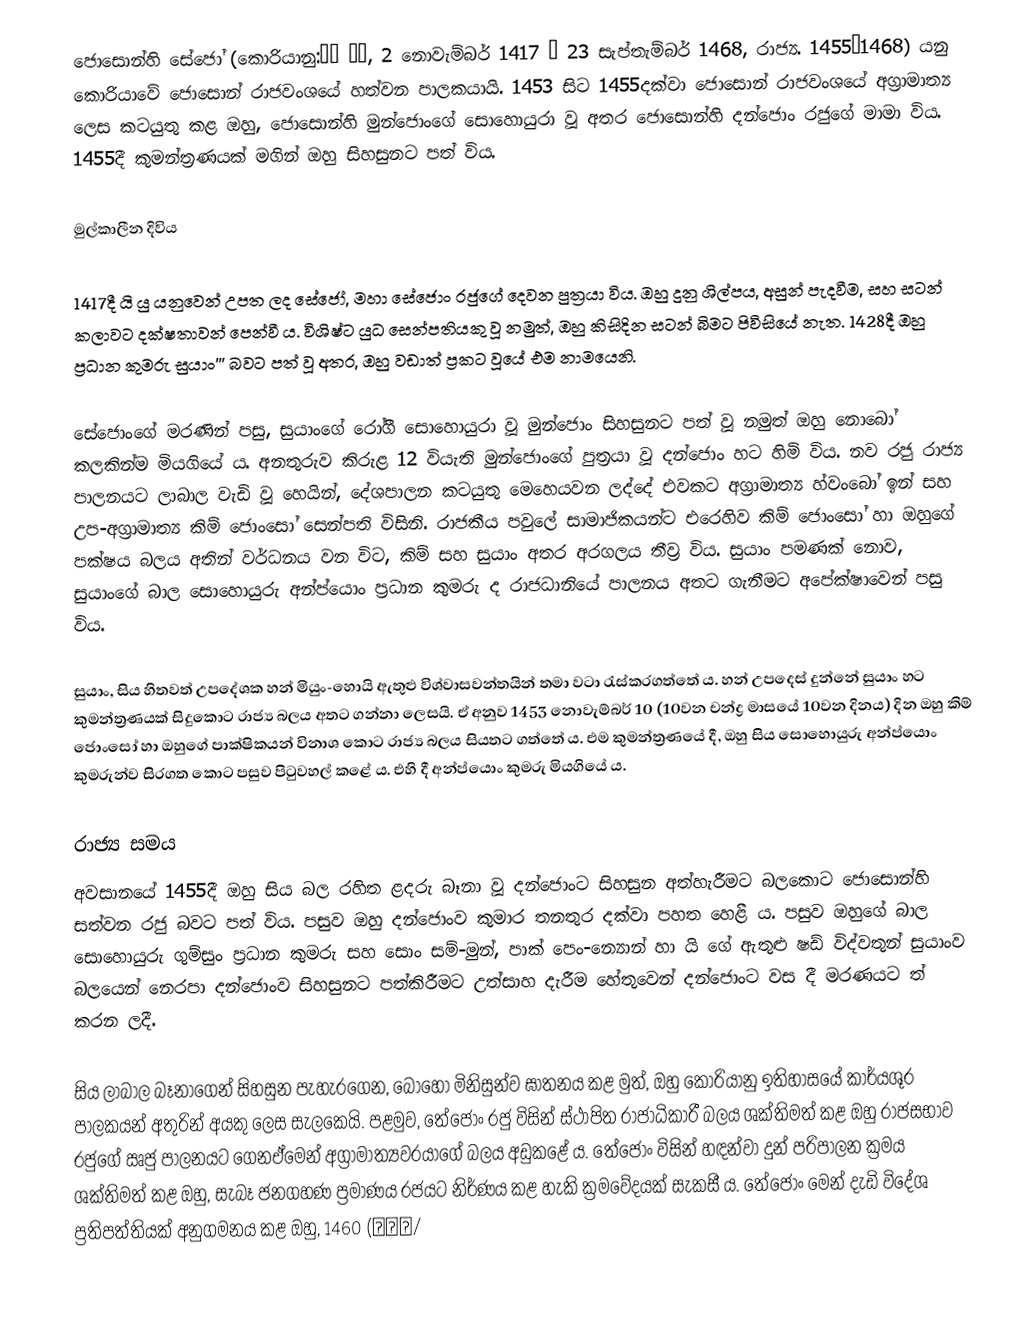
ජොසොන්හි සේජෝ (කොරියානු:조선 세조, 2 නොවැම්බර් 1417 – 23 සැප්තැම්බර් 1468, රාජ්‍ය. 1455–1468) යනු කොරියාවේ ජොසොන් රාජවංශයේ හත්වන පාලකයායි. 1453 සිට 1455දක්වා ජොසොන් රාජවංශයේ අග්‍රාමාත්‍ය ලෙස කටයුතු කළ ඔහු, ජොසොන්හි මුන්ජොංගේ සොහොයුරා වූ අතර ජොසොන්හි දන්ජොං රජුගේ මාමා විය. 1455දී කුමන්ත්‍රණයක් මගින් ඔහු සිහසුනට පත් විය.

මුල්කාලීන දිවිය

1417දී යි යු යනුවෙන් උපත ලද සේජෝ, මහා සේජොං රජුගේ දෙවන පුත්‍රයා විය. ඔහු දුනු ශිල්පය, අසුන් පැදවීම, සහ සටන් කලාවට දක්ෂතාවන් පෙන්වී ය. විශිෂ්ට යුධ සෙන්පතියකු වූ නමුත්, ඔහු කිසිදින සටන් බිමට පිවිසියේ නැත. 1428දී ඔහු ප්‍රධාන කුමරු සුයාං''' බවට පත් වූ අතර, ඔහු වඩාත් ප්‍රකට වූයේ එම නාමයෙනි.

සේජොංගේ මරණින් පසු, සුයාංගේ රෝගී සොහොයුරා වූ මුන්ජොං සිහසුනට පත් වූ නමුත් ඔහු නොබෝ කලකින්ම මියගියේ ය. අනතුරුව කිරුළ 12 වියැති මුන්ජොංගේ පුත්‍රයා වූ දන්ජොං හට හිමි විය. නව රජු රාජ්‍ය පාලනයට ලාබාල වැඩි වූ හෙයින්, දේශපාලන කටයුතු මෙහෙයවන ලද්දේ එවකට අග්‍රාමාත්‍ය හ්වංබෝ ඉන් සහ උප-අග්‍රාමාත්‍ය කිම් ජොංසෝ සෙන්පති විසිනි. රාජකීය පවුලේ සාමාජිකයන්ට එරෙහිව කිම් ජොංසෝ හා ඔහුගේ පක්ෂය බලය අතින් වර්ධනය වන විට, කිම් සහ සුයාං අතර අරගලය තීව්‍ර විය. සුයාං පමණක් නොව, සුයාංගේ බාල සොහොයුරු අන්ප්යොං ප්‍රධාන කුමරු ද රාජධානියේ පාලනය අතට ගැනීමට අපේක්ෂාවෙන් පසු විය.

සුයාං, සිය හිතවත් උපදේශක හන් මියුං-හොයි ඇතුළු විශ්වාසවන්තයින් තමා වටා රැස්කරගත්තේ ය. හන් උපදෙස් දුන්නේ සුයාං හට කුමන්ත්‍රණයක් සිදුකොට රාජ්‍ය බලය අතට ගන්නා ලෙසයි. ඒ අනුව 1453 නොවැම්බර් 10 (10වන චන්ද්‍ර මාසයේ 10වන දිනය) දින ඔහු කිම් ජොංසෝ හා ඔහුගේ පාක්ෂිකයන් විනාශ කොට රාජ්‍ය බලය සියතට ගත්තේ ය. එම කුමන්ත්‍රණයේ දී, ඔහු සිය සොහොයුරු අන්ප්යොං කුමරුන්ව සිරගත කොට පසුව පිටුවහල් කළේ ය. එහි දී අන්ප්යොං කුමරු මියගියේ ය.

රාජ්‍ය සමය
අවසානයේ 1455දී ඔහු සිය බල රහිත ළදරු බෑනා වූ දන්ජොංට සිහසුන අත්හැරීමට බලකොට ජොසොන්හි සත්වන රජු බවට පත් විය. පසුව ඔහු දන්ජොංව කුමාර තනතුර දක්වා පහත හෙළී ය. පසුව ඔහුගේ බාල සොහොයුරු ගුම්සුං ප්‍රධාන කුමරු සහ සොං සම්-මුන්, පාක් පෙං-න්‍යොන් හා යි ගේ ඇතුළු ෂඩ් විද්වතුන් සුයාංව බලයෙන් නෙරපා දන්ජොංව සිහසුනට පත්කිරීමට උත්සාහ දැරීම හේතුවෙන් දන්ජොංට වස දී මරණයට ත් කරන ලදී.

සිය ලාබාල බෑනාගෙන් සිහසුන පැහැරගෙන, බොහෝ මිනිසුන්ව ඝාතනය කළ මුත්, ඔහු කොරියානු ඉතිහාසයේ කාර්යශූර පාලකයන් අතුරින් අයකු ලෙස සැලකෙයි. පළමුව, තේජොං රජු විසින් ස්ථාපිත රාජාධිකාරී බලය ශක්තිමත් කළ ඔහු රාජසභාව රජුගේ ඍජු පාලනයට ගෙනඒමෙන් අග්‍රාමාත්‍යවරයාගේ බලය අඩුකළේ ය. තේජොං විසින් හඳන්වා දුන් පරිපාලන ක්‍රමය ශක්තිමත් කළ ඔහු, සැබෑ ජනගහණ ප්‍රමාණය රජයට නිර්ණය කළ හැකි ක්‍රමවේදයක් සැකසී ය. තේජොං මෙන් දැඩි විදේශ ප්‍රතිපත්තියක් අනුගමනය කළ ඔහු, 1460 (오랑캐/